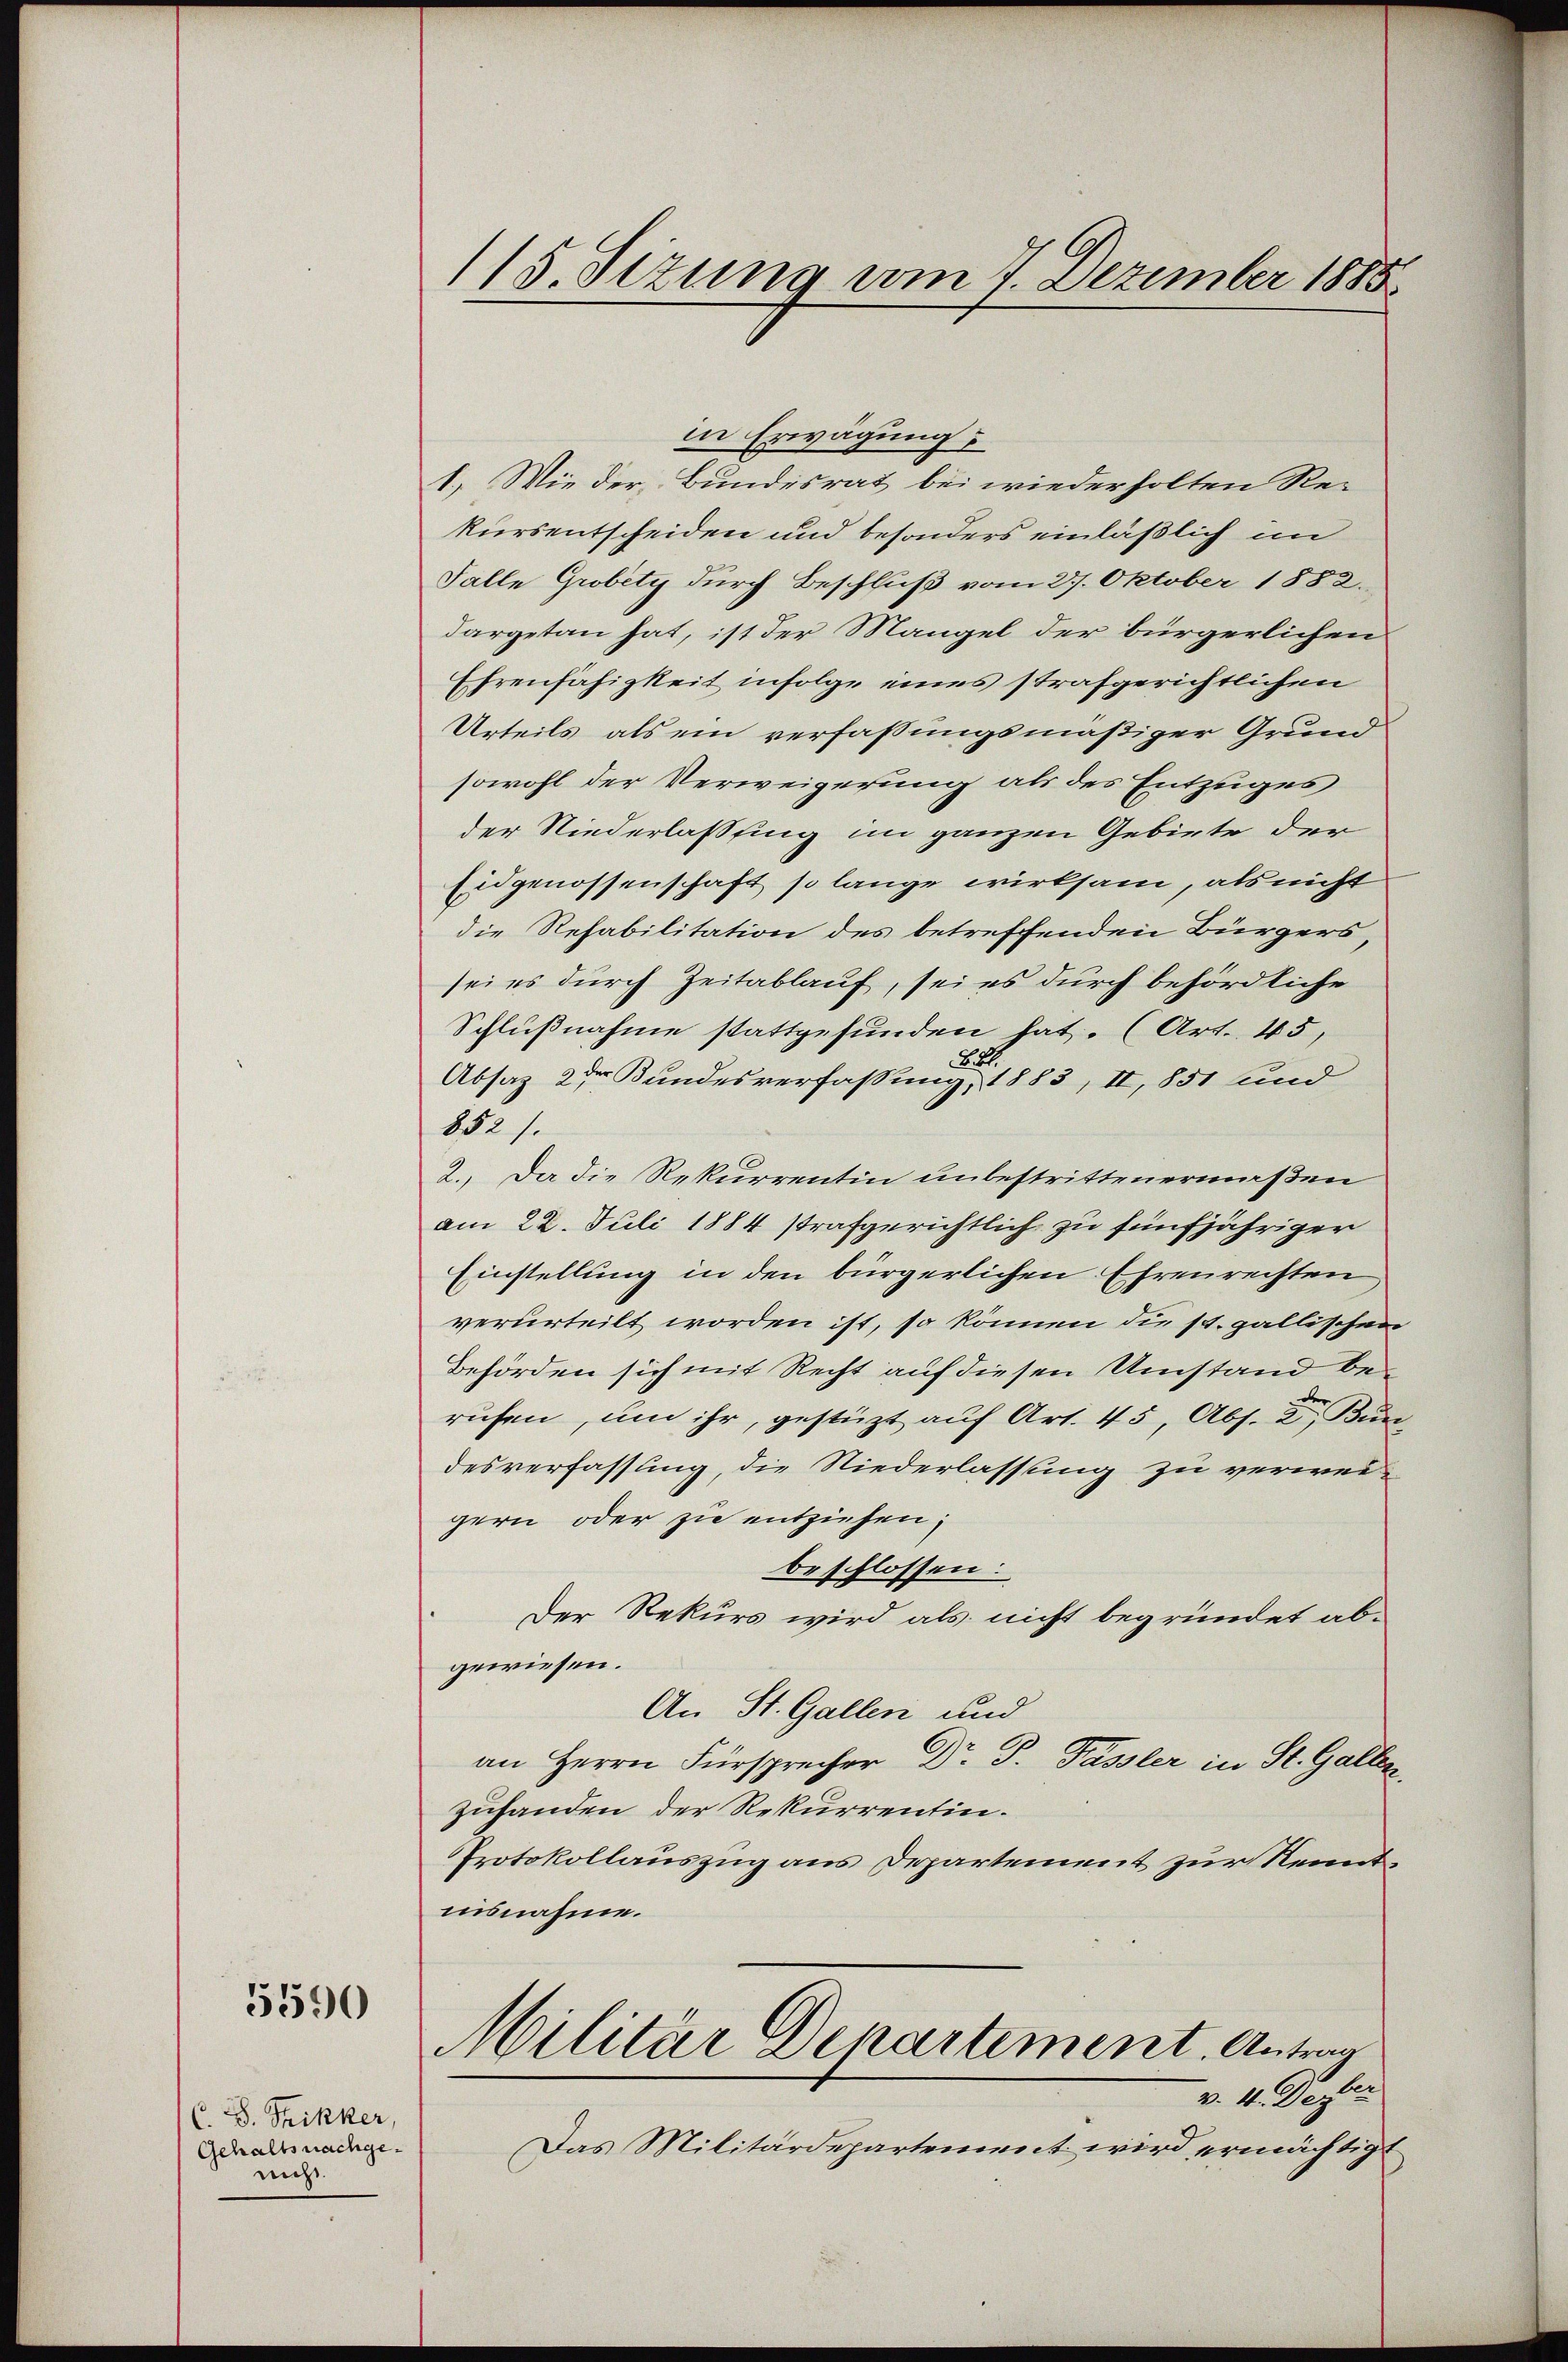
5590

C. S. Trikker,
Gehaltsnachgenicht.

115. Sizung vom 7. Dezember 1885.

in Erwägung
1.) Wie der Bundesrat bei wiederholten Rekursentscheiden und besonders einläßlich im
Falle Grobity durch Beschluß vom 27. Oktober 1882.
dargetan hat, ist der Mangel der bürgerlichen
Ehrenfähigkeit infolge eines strafgerichtlichen
Urteils als ein verfassungsmäßiger Grund
sowohl der Verweigerung als des Entzuges
der Niederlassung im ganzen Gebiete der
Eidgenossenschaft so lange wirksam, als nicht
die Refabilitation des betreffenden Bürgers
sei es durch Zeitablauf, sei es durch behördliche
Schlußnahme stattgefunden hat. (Art. 45,
Z. B.
Absaz 2 der Bundesverfassung, 1883, II, 851 und
852).
2. Da die Rekurrentin unbestrittenermaßen
am 22. Juli 1884 strafgerichtlich zu fünfjähriger
Einstellung in den bürgerlichen Ehrenrechten
verurteilt worden ist, so können die st. gallischen
Behörden sich mit Recht auf diesen Umstand berufen, um ihr, gestützt auf Art. 45, Abs. 2, Bun
desverfassung, die Niederlassung zu verweigern oder sie entziehen;
beschlossen:
Der Rekurs wird als nicht begründet abgewiesen.
An St. Gallen und
an Herrn Fürsprecher Dr. P. Fassler in St. Gallen.
zuhanden der Rekurrentin.
Protokollauszug aus Departement zur Kenntuisnahme.
Militär Departement. Antrag
 v. M. Deser
Das Militärdepartement wird ermächtigt